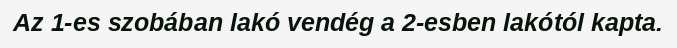
Az 1-es szobában lakó vendég a 2-esben lakótól kapta.